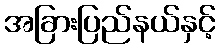
အခြားပြည်နယ်နှင့်